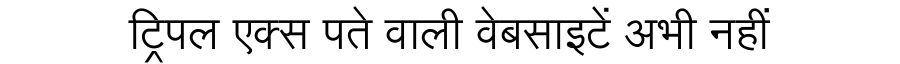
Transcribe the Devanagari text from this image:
ट्रिपल एक्स पते वाली वेबसाइटें अभी नहीं